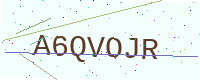
Text: A6QVOJR